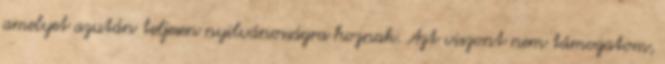
amelyet azután teljesen nyilvánosságra hoznak. Azt viszont nem támogatom,